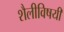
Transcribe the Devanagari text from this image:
शैलीविषयी